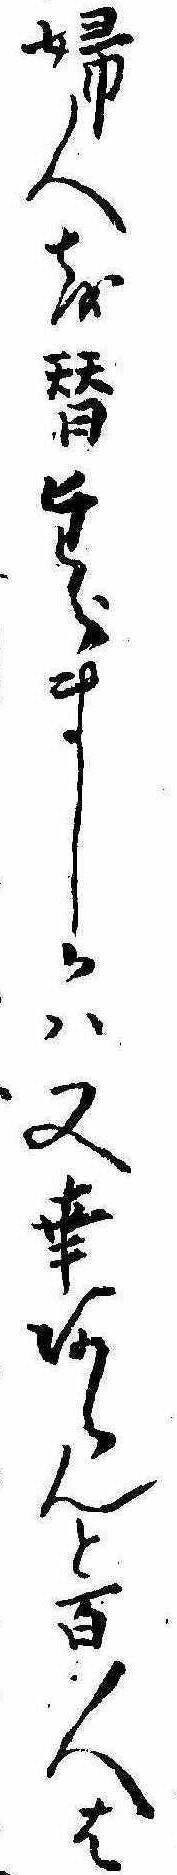
婦人を替たらましかは又幸あらんと百人は